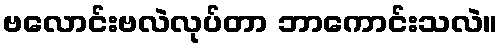
ဗလောင်းဗလဲလုပ်တာ ဘာကောင်းသလဲ။